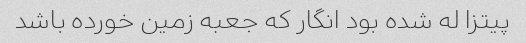
پیتزا له شده بود انگار که جعبه زمین خورده باشد